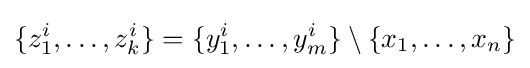
\{z_{1}^{i},\ldots ,z_{k}^{i}\}=\{y_{1}^{i},\ldots ,y_{m}^{i}\}\setminus \{x_{1},\ldots ,x_{n}\}